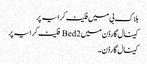
بلاک بی میں فلیٹ کرایہ پر
کینال گارڈن میں 2 Bed فلیٹ کرایہ پر
کینال گارڈن ۔